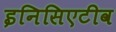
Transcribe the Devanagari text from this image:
इनिसिएटीव